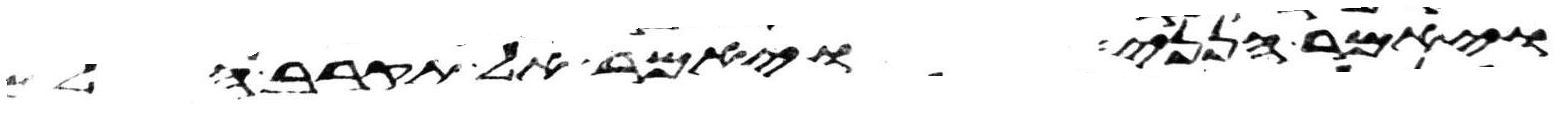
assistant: ויאמר הנני ויאמר אל תקרב הלם